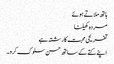
ہاتھ ملاتے ہوئے
مردہ کھیلنا
تفریحی محبت کا رشتہ ہے
اپنے کتے کے ساتھ حسن سلوک کرو۔